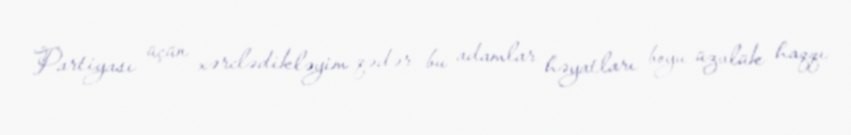
Partiyası üçün xərclədikləyim qədər bu adamlar həyatları boyu üzvlük haqqı